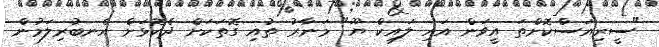
"ސީރިއަސްކޮށްތަ އީވަން އައި ލައިކް ޔޫ" މަނާރު ތުއި ގޮތަކަށް ދެކޮޅަށް އެނބުރިލަމުން